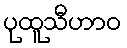
ပုထူသီဟာဝ